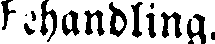
Behandling.